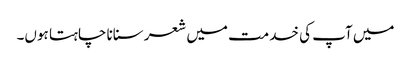
میں آپ کی خدمت میں شعر سنانا چاہتا ہوں۔